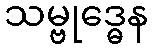
သမ္ဗုဒ္ဓေန